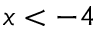
x < - 4